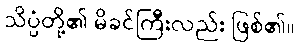
သိပ္ပံတို့၏ မိခင်ကြီးလည်း ဖြစ်၏။